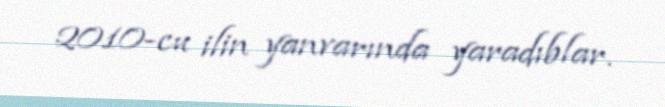
2010-cu ilin yanvarında yaradıblar.